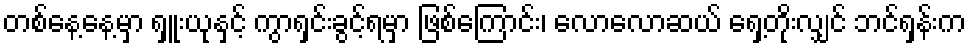
တစ်နေ့နေ့မှာ ရှူးယုနှင့် ကွာရှင်းခွင့်ရမှာ ဖြစ်ကြောင်း၊ လောလောဆယ် ရှေ့တိုးလျှင် ဘင်ရှန်းက